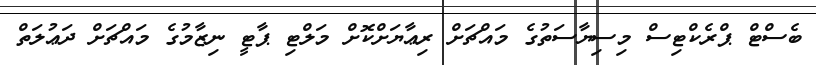
ބެސްޓް ޕްރެކްޓިސް މިސިޔާސަތުގެ މައްޗަށް ރިޢާޔަށްކޮށް މަލްޓި ޕާޓީ ނިޒާމުގެ މައްޗަށް ދަޢުލަތް